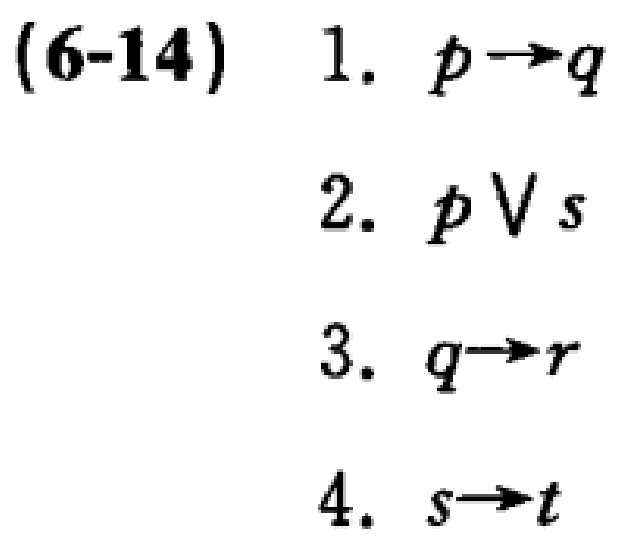
(6-14)
1. \(p\rightarrow q\)
2. \(p\vee s\)
3. \(q\rightarrow r\)
4. \(s\rightarrow t\)